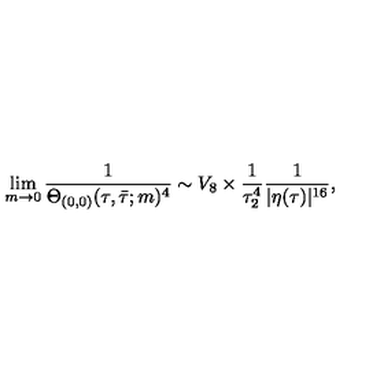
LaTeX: \lim _ { m \rightarrow 0 } \frac { 1 } { \Theta _ { ( 0 , 0 ) } ( \tau , \bar { \tau } ; m ) ^ { 4 } } \sim V _ { 8 } \times \frac { 1 } { \tau _ { 2 } ^ { 4 } } \frac { 1 } { | \eta ( \tau ) | ^ { 1 6 } } ,